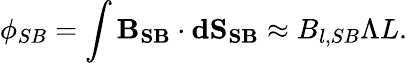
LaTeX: \phi_{SB}=\int\mathbf{B_{SB}}\cdot\mathbf{dS_{SB}}\approx B_{l,SB}\Lambda L.